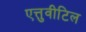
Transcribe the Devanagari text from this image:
एत्तुवीटिल